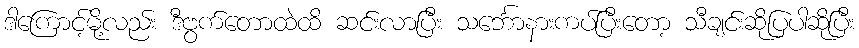
ဒါကြောင့်မို့လည်း ဒီဗွက်တောထဲထိ ဆင်းလာပြီး သင်္ဘောနားကပ်ပြီးတော့ သီချင်းဆိုပြပါဆိုပြီး